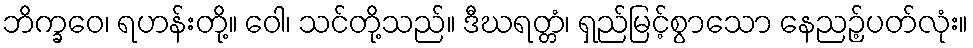
ဘိက္ခဝေ၊ ရဟန်းတို့။ ဝေါ၊ သင်တို့သည်။ ဒီဃရတ္တံ၊ ရှည်မြင့်စွာသော နေညဉ့်ပတ်လုံး။